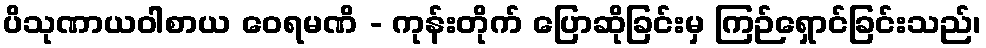
ပိသုဏာယဝါစာယ ဝေရမဏိ - ကုန်းတိုက် ပြောဆိုခြင်းမှ ကြဉ်ရှောင်ခြင်းသည်၊